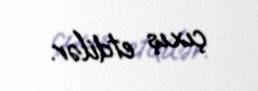
çıxış etdilər.